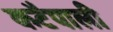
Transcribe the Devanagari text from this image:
कटैपाली